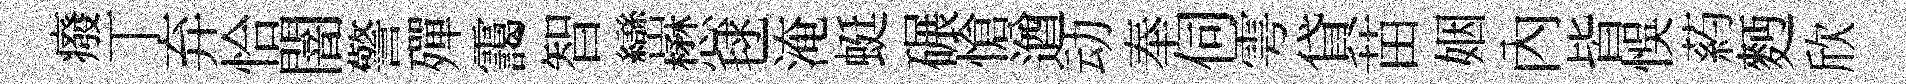
癈丅弃恰闇警殫靄智巒懋毬淹蜓碾愴遒动奉伺雩貸苗姻內皆悞葯麪欣